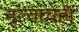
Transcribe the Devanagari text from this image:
नृत्याचेही